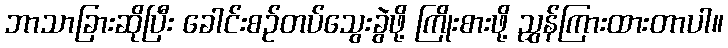
ဘာသာခြားဆိုပြီး ခေါင်းစဉ်တပ်သွေးခွဲဖို့ ကြိုးစားဖို့ ညွှန်ကြားထားတာပါ။